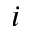
i